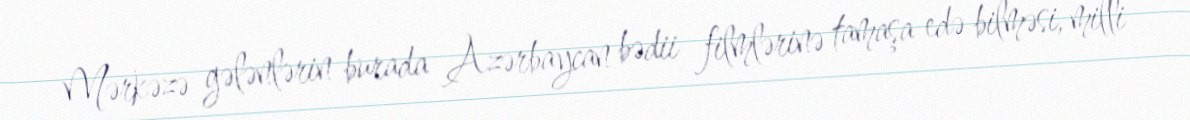
Mərkəzə gələnlərin burada Azərbaycan bədii filmlərinə tamaşa edə bilməsi, milli